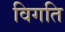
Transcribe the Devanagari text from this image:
विगति